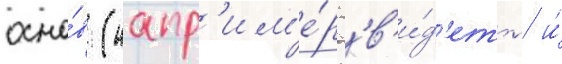
осно́в (напр'им'е́р 'в'и́д'еть' и́